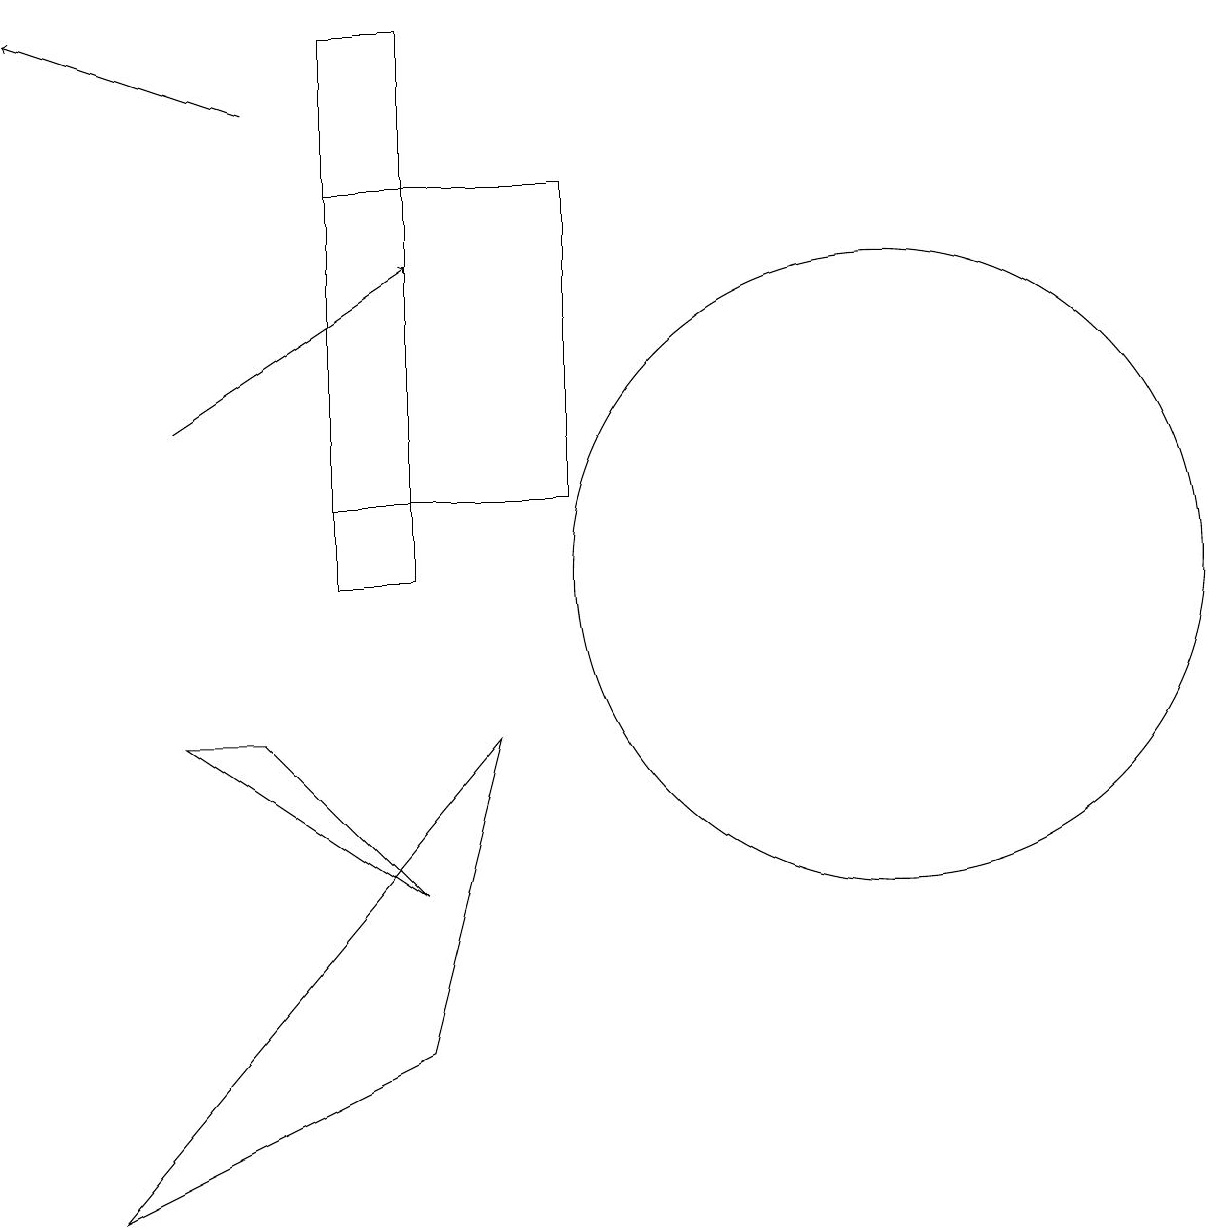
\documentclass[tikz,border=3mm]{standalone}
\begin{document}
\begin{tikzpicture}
\draw (5,16) rectangle (8,12);
\draw (12,11) circle (4);
\draw[->] (4,17) -- (1,18);
\draw (5,11) rectangle (6,18);
\draw (4,9) -- (3,9) -- (6,7) -- cycle;
\draw (6,5) -- (7,9) -- (2,3) -- cycle;
\draw[->] (3,13) -- (6,15);
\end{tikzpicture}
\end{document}